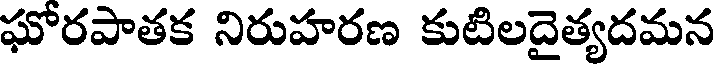
ఘోరపాతక నిరుహరణ కుటిలదైత్యదమన